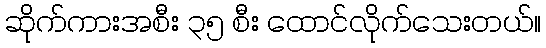
ဆိုက်ကားအစီး ၃၅ စီး ထောင်လိုက်သေးတယ်။